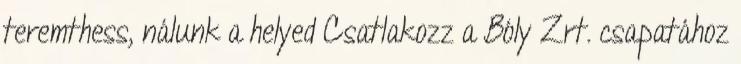
teremthess, nálunk a helyed Csatlakozz a Bóly Zrt. csapatához